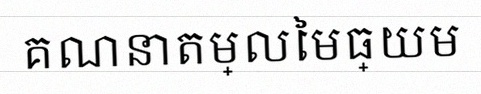
គណនាតម្លៃមធ្យម